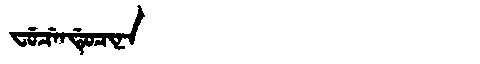
Manchu: ᠸᡠᠴᡝᠨᡩᡠᠴᡳᠨᠠ
Romanization: FUCENDUCINA